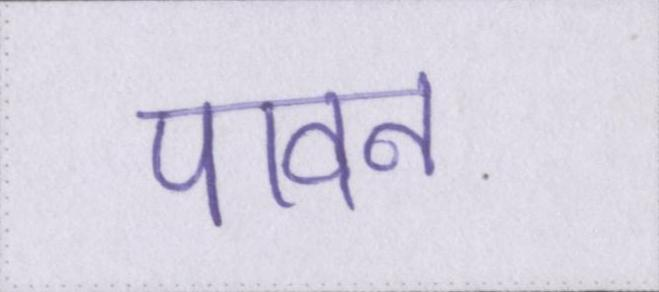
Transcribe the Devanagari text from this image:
पावन